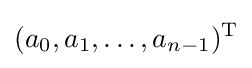
(a_{0},a_{1},\dots ,a_{n-1})^{\mathrm {T} }